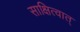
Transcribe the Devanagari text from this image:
साक्षित्वात्